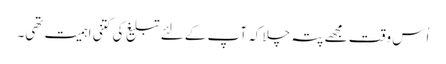
اُس وقت مجھے پتہ چلا کہ آپ کے لئے تبلیغ کی کتنی اہمیت تھی۔